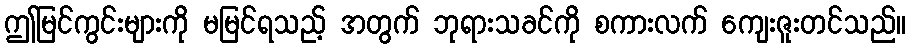
ဤမြင်ကွင်းများကို မမြင်ရသည့် အတွက် ဘုရားသခင်ကို စကားလက် ကျေးဇူးတင်သည်။